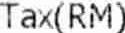
TAX(RM)